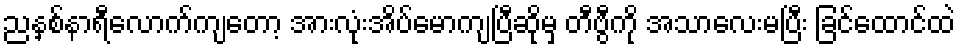
ညနှစ်နာရီလောက်ကျတော့ အားလုံးအိပ်မောကျပြီဆိုမှ တီဗွီကို အသာလေးမပြီး ခြင်ထောင်ထဲ